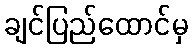
ချင်ပြည်ထောင်မှ